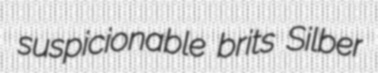
suspicionable brits Silber